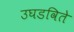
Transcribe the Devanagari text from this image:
उघडविते